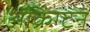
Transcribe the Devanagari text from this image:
ॲक्रिंग्टन